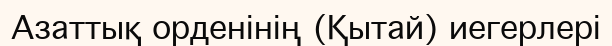
Азаттық орденінің (Қытай) иегерлері